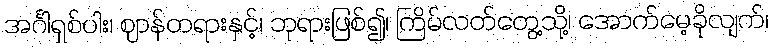
အင်္ဂါရှစ်ပါး၊ ဈာန်တရားနှင့်၊ ဘုရားဖြစ်၍၊ ကြိမ်လတ်တွေ့သို့၊ အောက်မေ့ခိုလျက်၊